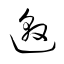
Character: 邀